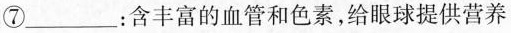
⑦___：含丰富的血管和色素，给眼球提供营养